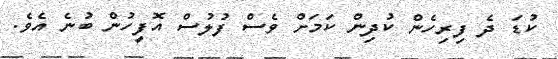
ކުޑަ ދެ ފިރިހެން ކުދިން ކަމަށް ވެސް ފުލުސް އޮފީހުން ބުނެ އެވެ.